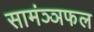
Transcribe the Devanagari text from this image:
सामंञ्ञफल